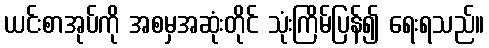
ယင်းစာအုပ်ကို အစမှအဆုံးတိုင် သုံးကြိမ်ပြန်၍ ရေးရသည်။